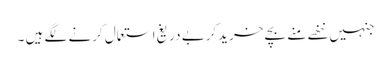
جنہیں ننھے منے بچے خریدکربے دریغ استعمال کرنے لگے ہیں ۔